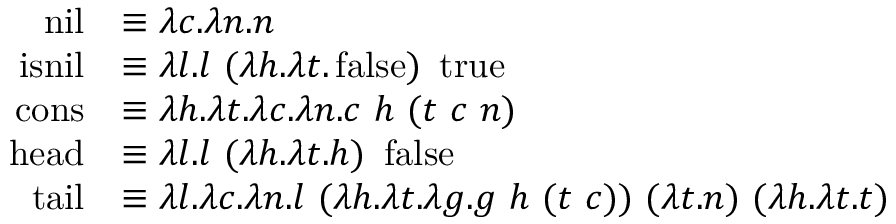
{ \begin{array} { r l } { \operatorname { n i l } } & { \equiv \lambda c . \lambda n . n } \\ { \operatorname { i s n i l } } & { \equiv \lambda l . l \ ( \lambda h . \lambda t . \operatorname { f a l s e } ) \ \operatorname { t r u e } } \\ { \operatorname { c o n s } } & { \equiv \lambda h . \lambda t . \lambda c . \lambda n . c \ h \ ( t \ c \ n ) } \\ { \operatorname { h e a d } } & { \equiv \lambda l . l \ ( \lambda h . \lambda t . h ) \ \operatorname { f a l s e } } \\ { \operatorname { t a i l } } & { \equiv \lambda l . \lambda c . \lambda n . l \ ( \lambda h . \lambda t . \lambda g . g \ h \ ( t \ c ) ) \ ( \lambda t . n ) \ ( \lambda h . \lambda t . t ) } \end{array} }